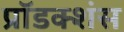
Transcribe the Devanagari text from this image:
प्रॉडक्शंस